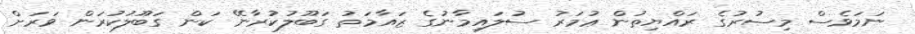
ނަމަވެސް މިސުރުގެ ރައްޔިތުން ޢުމަރު ސުލައިމާނުގެ ޒައާމަތު ގަބޫލުކުރާނޭ ކަން ގަބޫލުކުރަން ވަރަށް